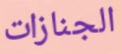
الجنازات